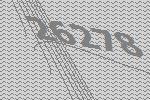
26278